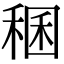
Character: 稛